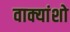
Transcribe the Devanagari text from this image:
वाक्यांशो